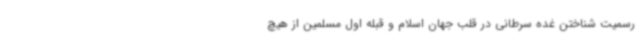
رسمیت شناختن غده سرطانی در قلب جهان اسلام و قبله اول مسلمین از هیچ